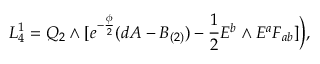
{ \cal L } _ { 4 } ^ { 1 } = Q _ { 2 } \wedge [ e ^ { - { \frac { \phi } { 2 } } } ( d A - B _ { ( 2 ) } ) - { \frac { 1 } { 2 } } E ^ { b } \wedge E ^ { a } F _ { a b } ] \Big ) ,